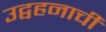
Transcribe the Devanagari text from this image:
उद्वहनाची